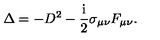
\Delta = - D ^ { 2 } - \frac { \mathrm { i } } 2 \sigma _ { \mu \nu } F _ { \mu \nu } .